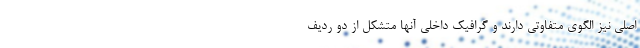
اصلی نیز الگوی متفاوتی دارند و گرافیک داخلی آنها متشکل از دو ردیف